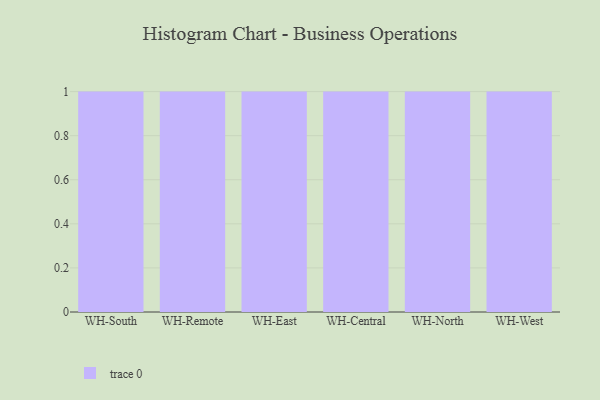
{"axis": {"x": "Warehouse", "y": "Waste Production (Tons)"}, "legend": [""], "data": [{"x": "WH-South", "y": 100, "type": ""}, {"x": "WH-Remote", "y": 23, "type": ""}, {"x": "WH-East", "y": 25, "type": ""}, {"x": "WH-Central", "y": 36, "type": ""}, {"x": "WH-North", "y": 49, "type": ""}, {"x": "WH-West", "y": 23, "type": ""}]}